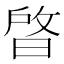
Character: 晵